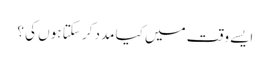
ایسے وقت میں کیا مدد کر سکتا ہوں کی ؟